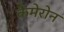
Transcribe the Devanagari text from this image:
कैमेरोन